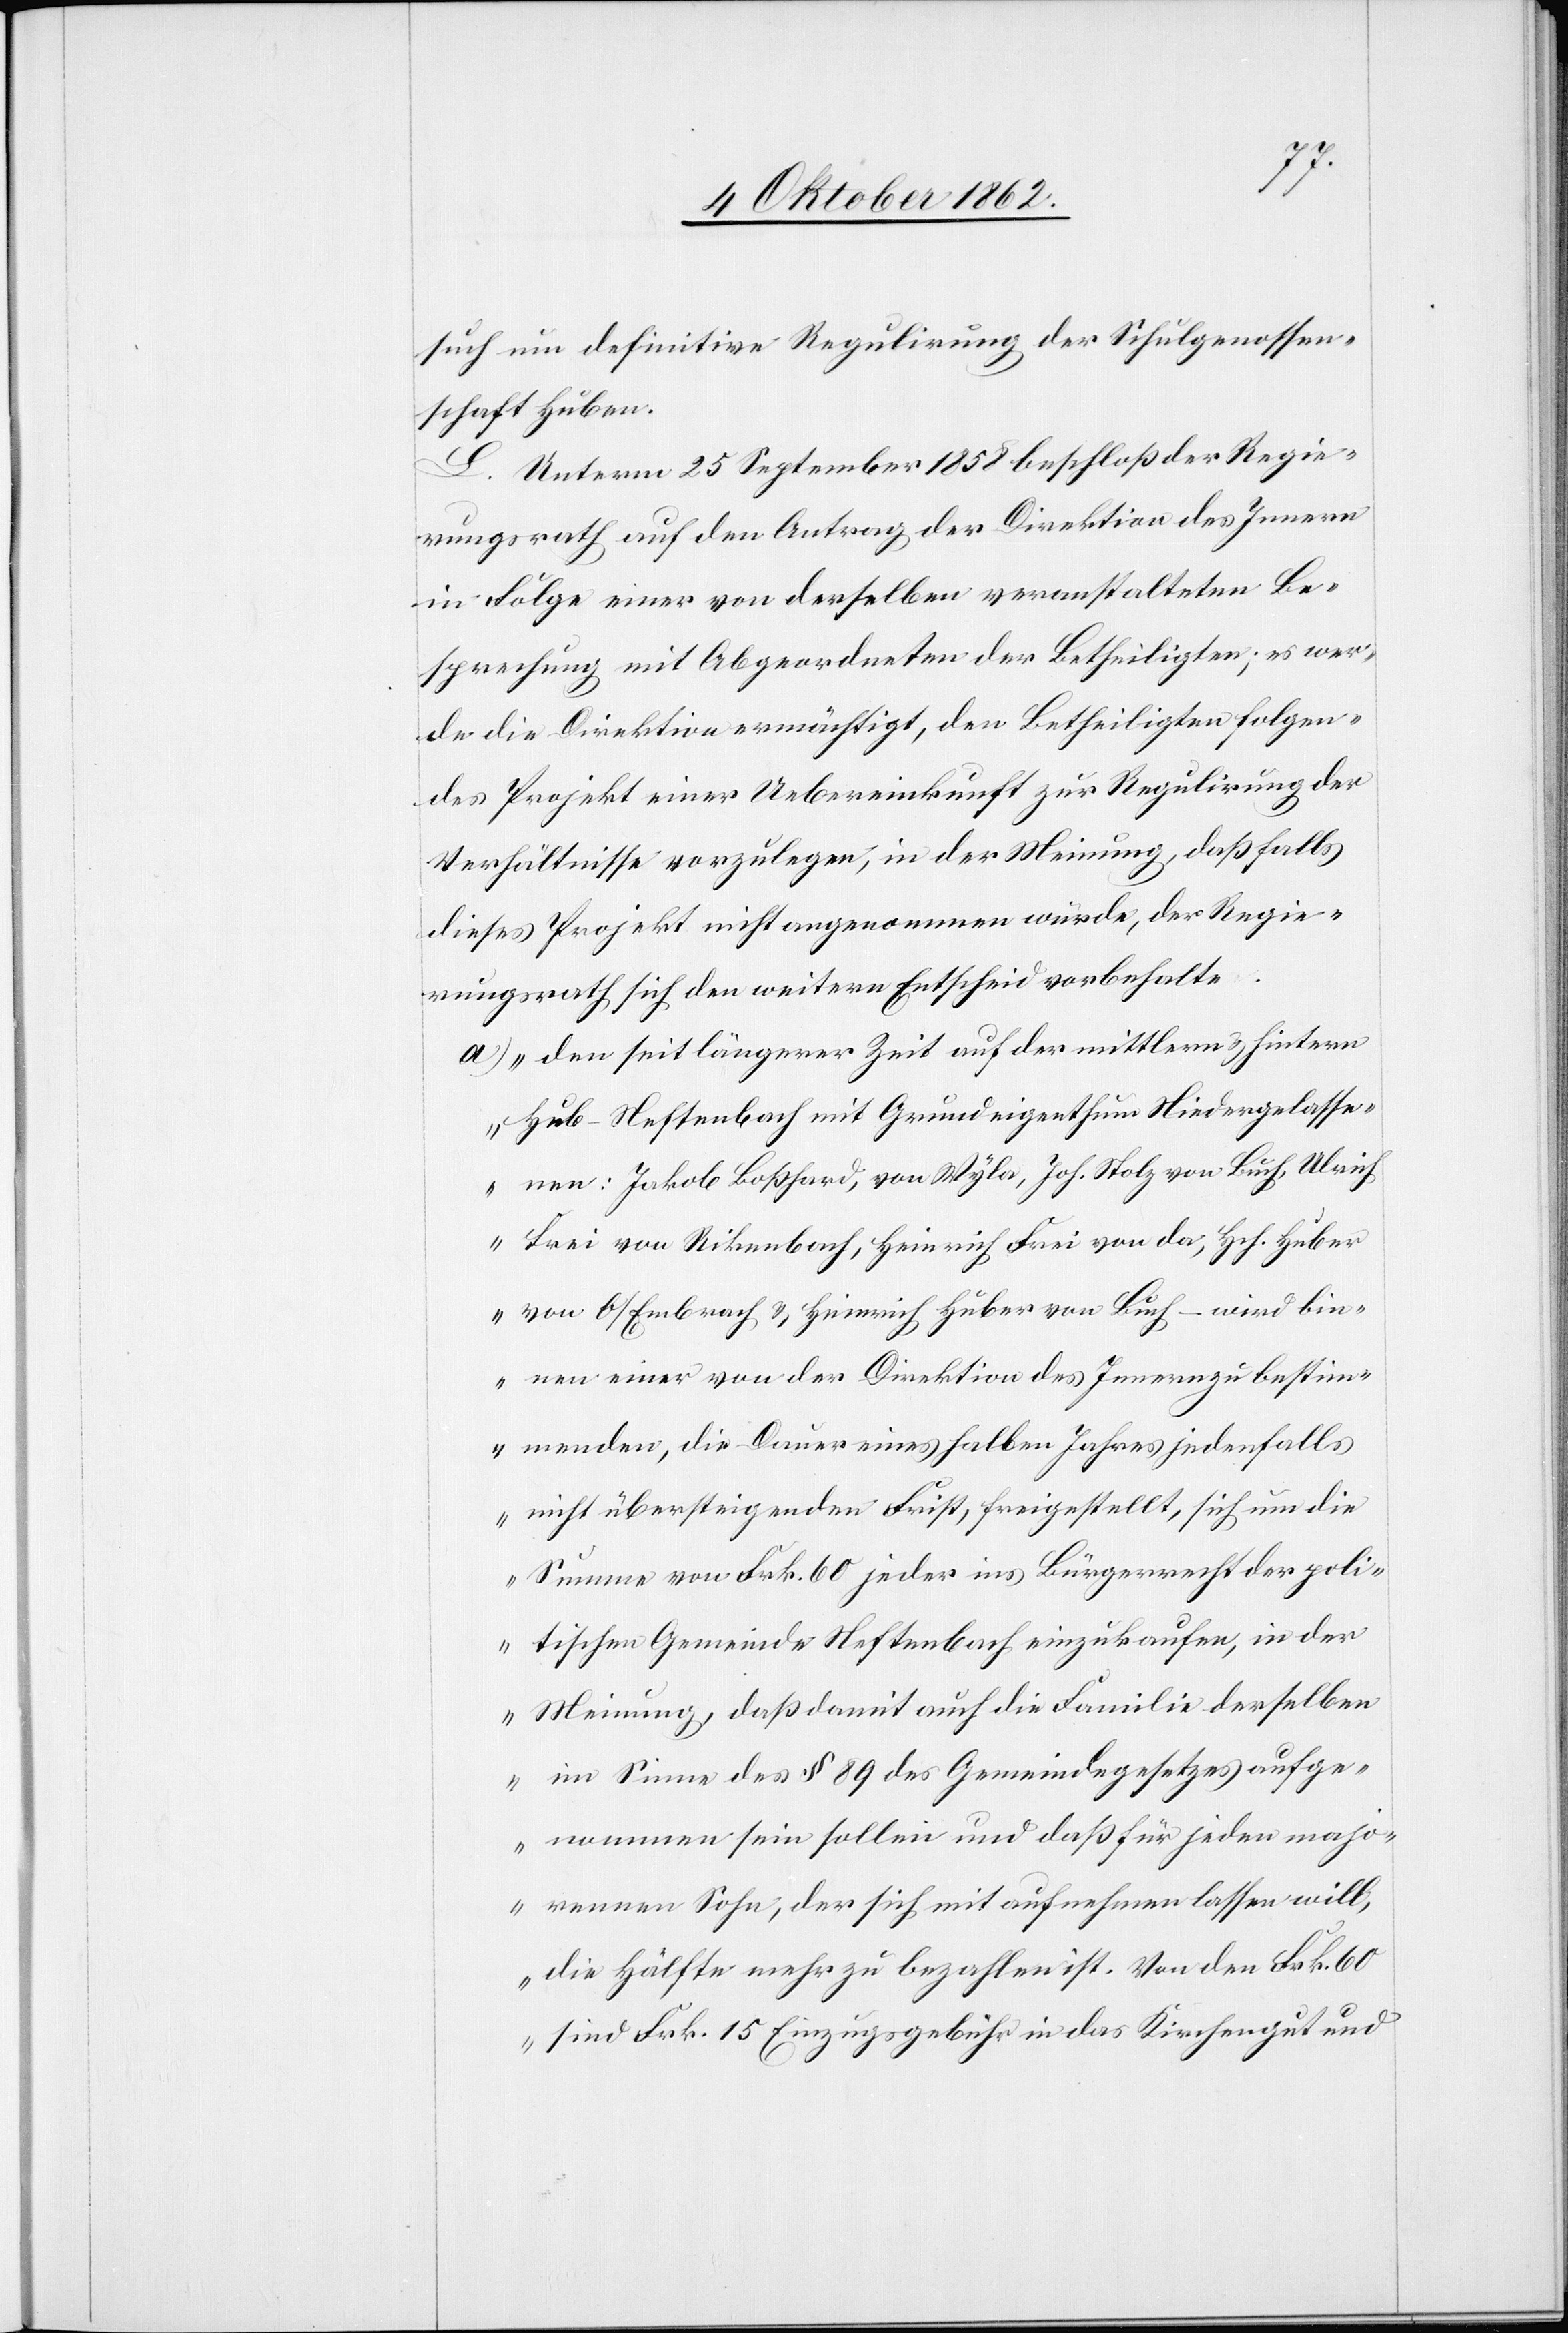
such um definitive Regulirung der Schulgenossen¬
schaft Huben.
L. Unterm 25. September 1858. beschloß der Regie¬
rungsrath auf den Antrag der Direktion des Innern
in Folge einer von derselben veranstalteten Be¬
sprechung mit Abgeordneten der Betheiligten, es wer¬
de die Direktion ermächtigt, den Betheiligten folgen¬
des Projekt einer Uebereinkunft zur Regulirung der
Verhältnisse vorzulegen, in der Meinung, daß falls
dieses Projekt nicht angenommen würde, der Regie¬
rungsrath sich den weitern Entscheid vorbehalte.
a) „den seit längerer Zeit auf der mittlern u. hintern
Hub-Neftenbach mit Grundeigenthum Niedergelasse¬
nen: Jakob Boßhard, von Wyla, Joh. Stolz von Buch, Ulrich
Frei von Rikenbach, Heinrich Frei von da, Hch. Huber
von O/Embrach u. Heinrich Huber von Buch – wird bin¬
nen einer von der Direktion des Innern zu beistim¬
menden, die Dauer eines halben Jahres jedenfalls
nicht übersteigenden Frist, freigestellt, sich um die
Summe von Frk. 60 jeder ins Bürgerrecht der poli¬
tischen Gemeinde Neftenbach einzukaufen, in der
Meinung, daß damit auch die Familie derselben
im Sinne des §. 89 des Gemeindegesetzes aufge¬
nommen sein sollen und daß für jeden majo¬
rennen Sohn, der sich mit aufnehmen lassen will,
die Hälfte mehr zu bezahlen ist. Von den Frk. 60
sind Frk. 15 Einzugsgebühr in das Kirchengut und